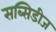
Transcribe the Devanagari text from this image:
सब्सिडीज